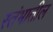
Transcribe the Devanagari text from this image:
स्तंभातील